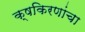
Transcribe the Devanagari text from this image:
क्षकिरणांचा